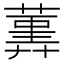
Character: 𦻠